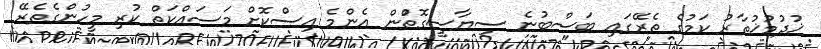
ޚުދުމުޚުތާރު ކަމުގެ ތެރޭގައި ބަސްބުނެ ސިޔާސީގޮތުްން އެންމެ އިސްކޮށް މަސައްކަތް ކުރި މީހުންގެތެރޭ